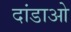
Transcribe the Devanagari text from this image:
दांडाओ